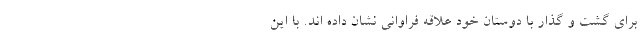
برای گشت و گذار با دوستان خود علاقه فراوانی نشان داده اند. با این